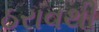
ઠરાવથી